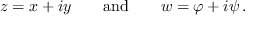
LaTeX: z = x + i y \qquad { \mathrm { a n d } } \qquad w = \varphi + i \psi \, .